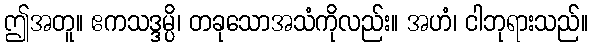
ဤအတူ။ ဧကသဒ္ဒမ္ပိ၊ တခုသောအသံကိုလည်း။ အဟံ၊ ငါဘုရားသည်။